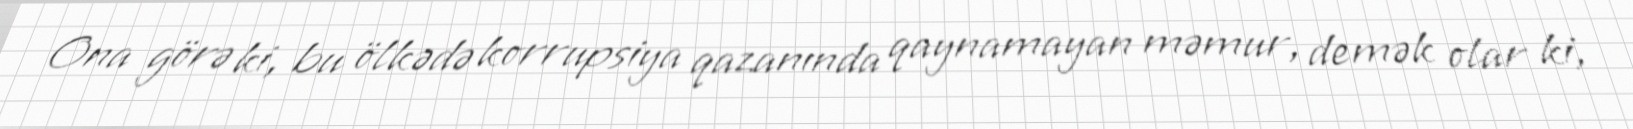
Ona görə ki, bu ölkədə korrupsiya qazanında qaynamayan məmur, demək olar ki,